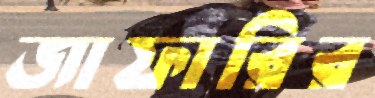
জাফারির